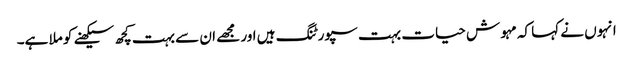
انہوں نے کہا کہ مہوش حیات بہت سپورٹنگ ہیں اور مجھے ان سے بہت کچھ سیکھنے کو ملا ہے۔